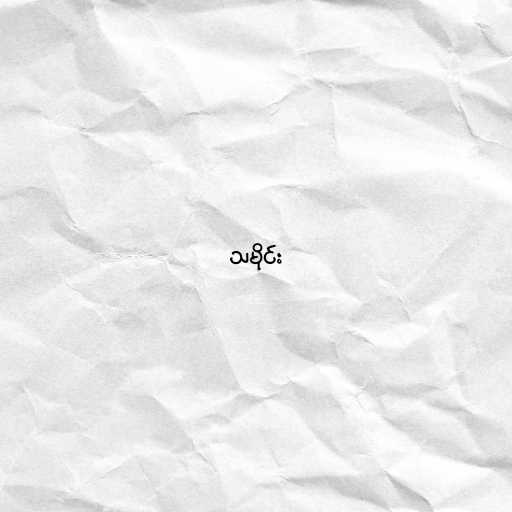
သမိုင်း